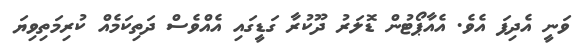
ވަނީ އެދިފަ އެވެ. އެއާޕޯޓުން ޑޮލަރު ދޫކުރާ ގަޑީގައި އެއްވެސް ދަތިކަމެއް ކުރިމަތިވިޔަ